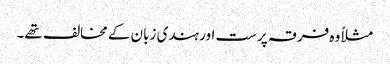
مثلاً وہ فرقہ پرست اور ہندی زبان کے مخالف تھے۔